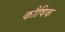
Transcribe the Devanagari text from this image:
कौषिक